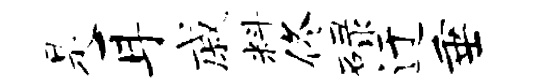
是耳戚料佟碌迂垂